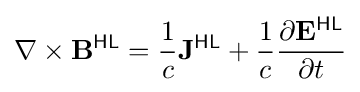
\nabla \times \mathbf {B} ^{\textsf {HL}}={\frac {1}{c}}\mathbf {J} ^{\textsf {HL}}+{\frac {1}{c}}{\frac {\partial \mathbf {E} ^{\textsf {HL}}}{\partial t}}